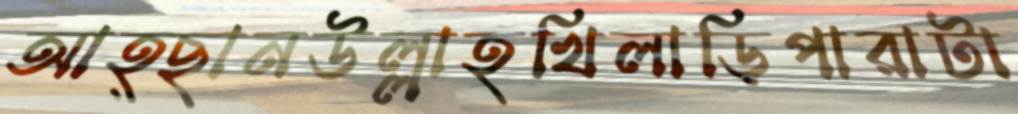
আহ্ছানউল্লাহখিলাড়িপারাটা